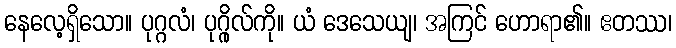
နေလေ့ရှိသော။ ပုဂ္ဂလံ၊ ပုဂ္ဂိုလ်ကို။ ယံ ဒေသေယျ၊ အကြင် ဟောရာ၏။ ဧတဿ၊